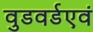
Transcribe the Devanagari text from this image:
वुडवर्डएवं